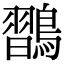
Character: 𪄶